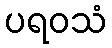
ပရဝသံ